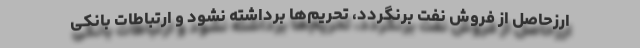
ارزحاصل از فروش نفت برنگردد، تحریم‌ها برداشته نشود و ارتباطات بانکی